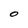
Character: 0